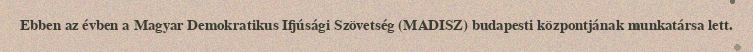
Ebben az évben a Magyar Demokratikus Ifjúsági Szövetség (MADISZ) budapesti központjának munkatársa lett.